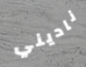
ناديني